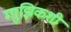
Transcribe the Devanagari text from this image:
म्य़ुझिकशी